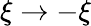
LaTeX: \xi\to-\xi